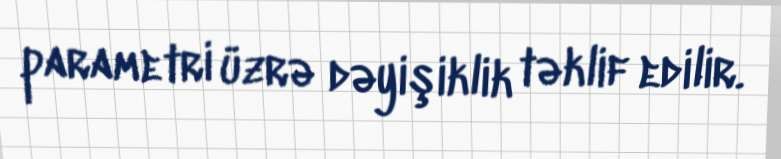
parametri üzrə dəyişiklik təklif edilir.